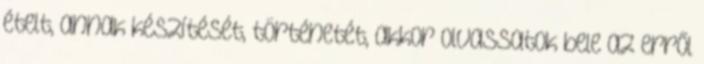
ételt, annak készítését, történetét, akkor olvassatok bele az erről